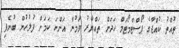
ތުއްތު ކުއްޖާގެ ޕޯސްޓްމޯޓަމް ހަދަން ތައްޔާރު ވަމުން އަންނަ ކަމަށް ފުލުހުން ބުނެފި